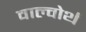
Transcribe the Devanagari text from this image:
वाल्वोर्थ